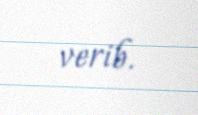
verib.